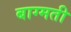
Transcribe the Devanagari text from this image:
बाग्मती